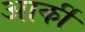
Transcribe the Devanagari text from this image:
आर्की